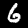
Digit: 6